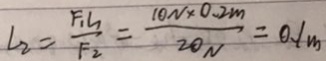
L _ { 2 } = \frac { F _ { 1 } L _ { 1 } } { F _ { 2 } } = \frac { 1 0 N \times 0 . 2 m } { 2 0 N } = 0 . 1 m